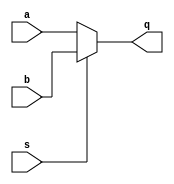
`timescale 1ns / 1ps
//////////////////////////////////////////////////////////////////////////////////
// Company: 
// Engineer: 
// 
// Design Name: 
// Module Name:    mux 
// Project Name: 
// Target Devices: 
// Tool versions: 
// Description: 
//
// Dependencies: 
//
// Revision: 
// Revision 0.01 - File Created
// Additional Comments: 
//
//////////////////////////////////////////////////////////////////////////////////
module mux(
a,
b,
s,
q
);
input a;
input b;
input s;
output q;
wire q;
assign q=s?b:a;
endmodule